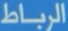
الرباط